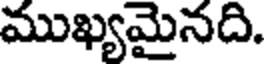
ముఖ్యమైనది.